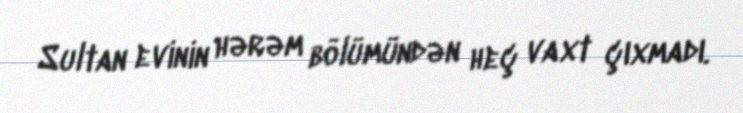
Sultan evinin hərəm bölümündən heç vaxt çıxmadı.